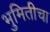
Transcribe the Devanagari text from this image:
भुमितीचा